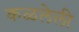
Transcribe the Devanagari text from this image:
कळलेली